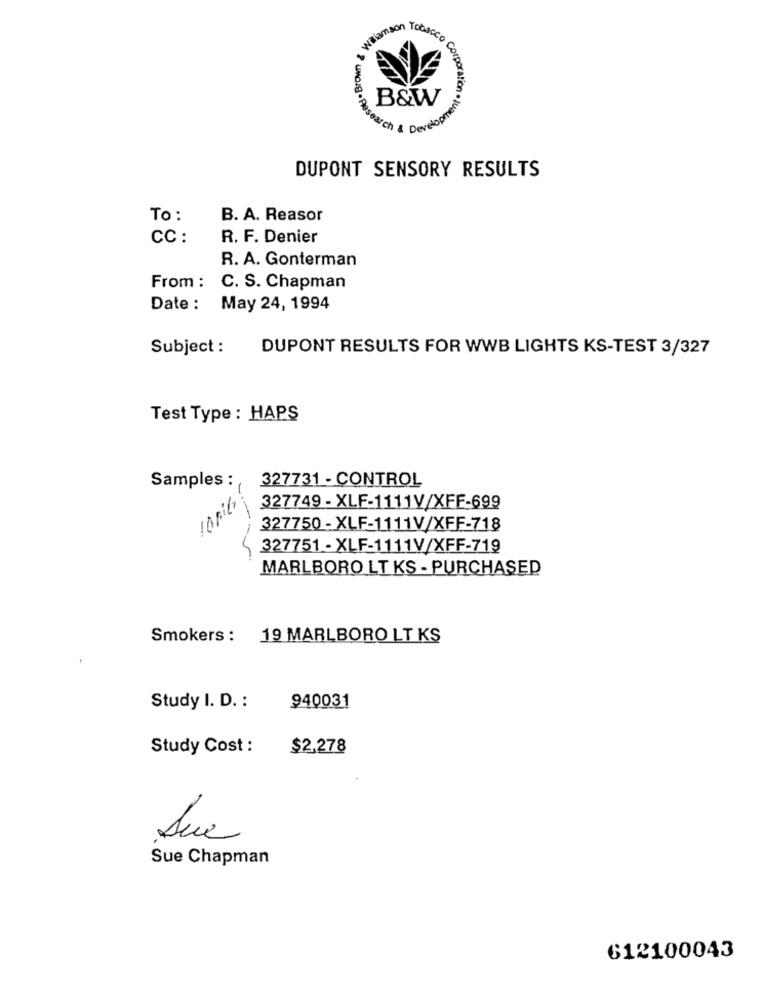
Waarmson Tobacco
Reset . Brown
B&W
Search & Developme
DUPONT SENSORY RESULTS
To :
B. A. Reasor
CC :
R. F. Denier
R. A. Gonterman
From : C. S. Chapman
Date : May 24, 1994
Subject :
DUPONT RESULTS FOR WWB LIGHTS KS-TEST 3/327
Test Type : HAPS
Samples :
327731 - CONTROL
327749 - XLF-1111V/XFF-699
327750 - XLF-1111V/XFF-718
327751 - XLF-1111V/XFF-719
MARLBORO LT KS - PURCHASED
Smokers : 19 MARLBORO LT KS
Study I. D. :
940031
Study Cost :
$2,278
Sue Chapman
612100043